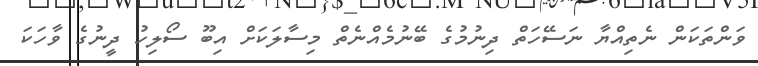
ވަންތަކަން ނެތިއްޔާ ނަސޭހަތް ދިނުމުގެ ބޭނުމެއްނެތް މިސާލަކަށް އިބޫ ސޯލިހު ދީނުގެ ވާހަކަ